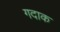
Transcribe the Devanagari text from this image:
गदाक